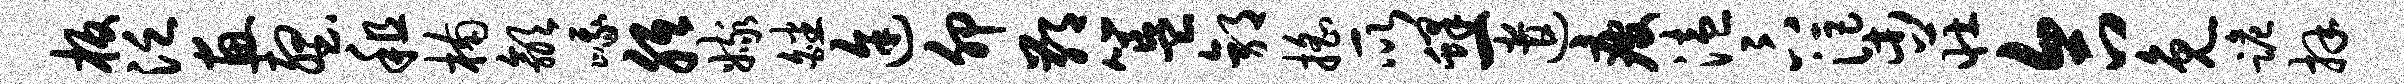
板泛惠壑租楠歙峨胝嫁皤途卯鄙簋郭摇所蜂一遣疲溘卞渠庄合免跪拜